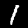
Digit: 1